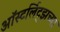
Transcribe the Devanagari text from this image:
ऑस्टर्लिट्झच्या